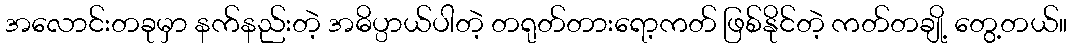
အလောင်းတခုမှာ နက်နည်းတဲ့ အဓိပ္ပာယ်ပါတဲ့ တရုတ်တားရော့ကတ် ဖြစ်နိုင်တဲ့ ကတ်တချို့ တွေ့တယ်။